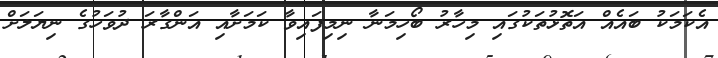
އެކަމަކު ބައެއް އަތޮޅުތަކުގައި މިހާރު ބޯހިމަނާ ނިމިފައިވާ ކަމަށާއި އަންގާރަ ދުވަހުގެ ނިޔަލަށް